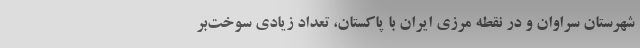
شهرستان سراوان و در نقطه مرزی ایران با پاکستان، تعداد زیادی سوخت‌بر